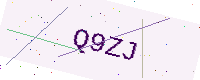
Text: Q9ZJ